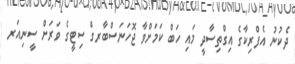
ދެކުނު އެފްރިކާގެ އިގްތިސާދީ މައި ހަބް ކަމަށްވާ ޖޮހަނަސްބާރގް ސިޓީގެ ވަރަށް ސީނިއަރ